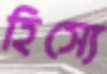
হিস্যে